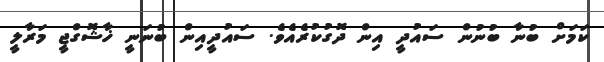
ކަމަށް ބުނާ ބުނުން ސައުދީ އިން ދޮގުކުރެއެވެ. ސައުދީއިން ބުނަނީ ޚާޝޮގްޖީ މަރާލީ